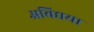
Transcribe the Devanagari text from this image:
अविद्यया